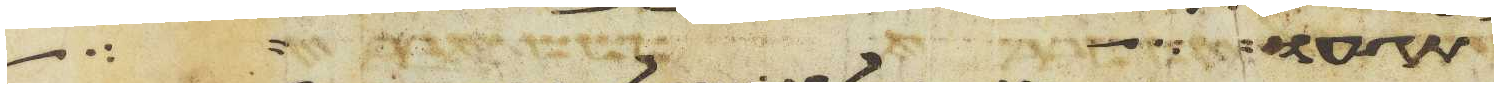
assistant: עור אשר יהיה